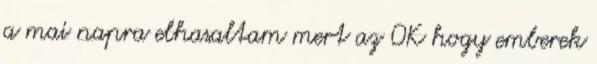
a mai napra elhasaltam mert az OK hogy emberek